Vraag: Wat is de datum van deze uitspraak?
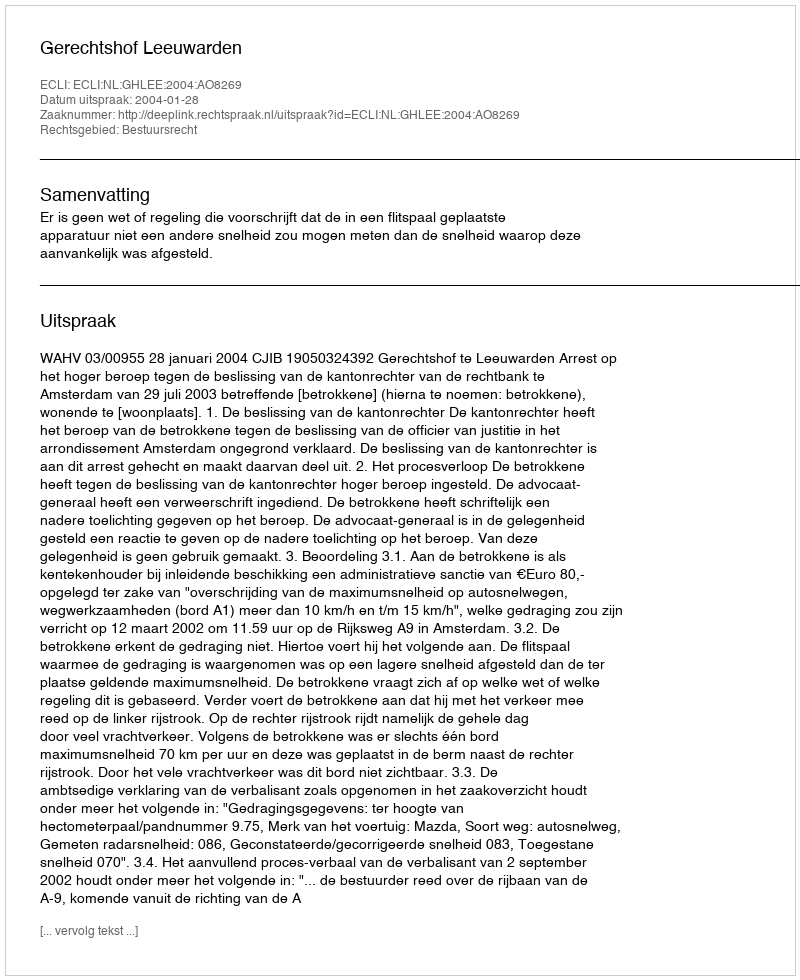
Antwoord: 2004-01-28